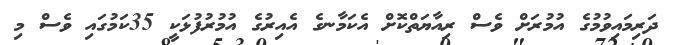
ދަރިމައިވުމުގެ އުމުރަށް ވެސް ރިއާޔަތްކޮށް އެކަމާނގެ އެއިރުގެ އުމުރުފުޅަކީ 35ކަމުގައި ވެސް މި